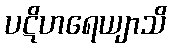
ပဋိဟရေယျာသိ